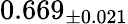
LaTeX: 0.669_{\pm 0.021}